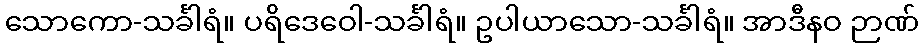
သောကော-သင်္ခါရံ။ ပရိဒေဝေါ-သင်္ခါရံ။ ဥပါယာသော-သင်္ခါရံ။ အာဒီနဝ ဉာဏ်